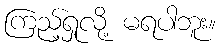
ကြည့်ရှုလို့ မရပါဘူး။